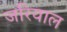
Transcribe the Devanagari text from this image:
जरियाल